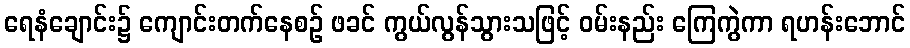
ရေနံချောင်း၌ ကျောင်းတက်နေစဉ် ဖခင် ကွယ်လွန်သွားသဖြင့် ဝမ်းနည်း ကြေကွဲကာ ရဟန်းဘောင်